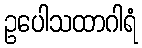
ဥပေါသထာဂါရံ